Report of the Indian Hemp Drugs Commission, 1894-1895 - Volume IV
Year: 1894
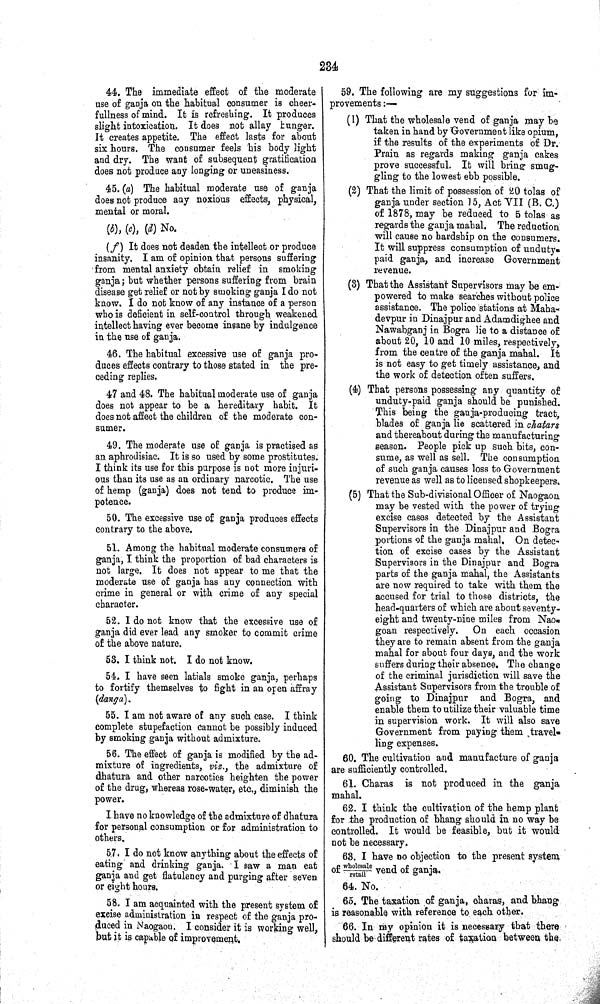
234
44. The immediate effect of the moderate
use of ganja on the habitual consumer is cheer-
fullness of mind. It is refreshing. It produces
slight intoxication. It does not allay hunger.
It creates appetite. The effect lasts for about
six hours. The consumer feels his body light
and dry. The want of subsequent gratification
does not produce any longing or uneasiness.
45. (a) The habitual moderate use of ganja
does not produce any noxious effects, physical,
mental or moral.
(b), (c), (d) No.
(f) It does not deaden the intellect or produce
insanity. I am of opinion that persons suffering
from mental anxiety obtain relief in smoking
ganja; but whether persons suffering from brain
disease get relief or not by smoking ganja I do not
know. I do not know of any instance of a person
who is deficient in self-control through weakened
intellect having ever become insane by indulgence
in the use of ganja.
46. The habitual excessive use of ganja pro-
duces effects contrary to those stated in the pre-
ceding replies.
47 and 48. The habitual moderate use of ganja
does not appear to be a hereditary habit. It
does not affect the children of the moderate con-
sumer.
49. The moderate use of ganja is practised as
an aphrodisiac. It is so used by some prostitutes.
I think its use for this purpose is not more injuri-
ous than its use as an ordinary narcotic. The use
of hemp (ganja) does not tend to produce im-
potence.
50. The excessive use of ganja produces effects
contrary to the above.
51. Among the habitual moderate consumers of
ganja, I think the proportion of bad characters is
not large. It does not appear to me that the
moderate use of ganja has any connection with
crime in general or with crime of any special
character.
52. I do not know that the excessive use of
ganja did ever lead any smoker to commit crime
of the above nature.
53. I think not. I do not know.
54. I have seen latials smoke ganja, perhaps
to fortify themselves to fight in an open affray
(danga).
55. I am not aware of any such case. I think
complete stupefaction cannot be possibly induced
by smoking ganja without admixture.
56. The effect of ganja is modified by the ad-
mixture of ingredients, viz., the admixture of
dhatura and other narcotics heighten the power
of the drug, whereas rose-water, etc., diminish the
power.
I have no knowledge of the admixture of dhatura
for personal consumption or for administration to
others.
57. I do not know anything about the effects of
eating and drinking ganja. I saw a man eat
ganja and get flatulency and purging after seven
or eight hours.
58. I am acquainted with the present system of
excise administration in respect of the ganja pro-
duced in Naogaon. I consider it is working well,
but it is capable of improvement.
59. The following are my suggestions for im-
provements:—
(1) That the wholesale vend of ganja may be
taken in hand by Government like opium,
if the results of the experiments of Dr.
Prain as regards making ganja cakes
prove successful. It will bring smug-
gling to the lowest ebb possible.
(2) That the limit of possession of 20 tolas of
ganja under section 15, Act VII (B. C.)
of 1878, may be reduced to 5 tolas as
regards the ganja mahal. The reduction
will cause no hardship on the consumers.
It will suppress consumption of unduty-
paid ganja, and increase Government
revenue.
(3) That the Assistant Supervisors may be em-
powered to make searches without police
assistance. The police stations at Maha-
devpur in Dinajpur and Adamdighee and
Nawabganj in Bogra lie to a distance of
about 20, 10 and 10 miles, respectively,
from the centre of the ganja mahal. It
is not easy to get timely assistance, and
the work of detection often suffers.
(4) That persons possessing any quantity of
unduty-paid ganja should be punished.
This being the ganja-producing tract,
blades of ganja lie scattered in chatars
and thereabout during the manufacturing
season. People pick up such bits, con-
sume, as well as sell. The consumption
of such ganja causes loss to Government
revenue as well as to licensed shopkeepers,
(5) That the Sub-divisional Officer of Naogaon
may be vested with the power of trying
excise cases detected by the Assistant
Supervisors in the Dinajpur and Bogra
portions of the ganja mahal. On detec-
tion of excise cases by the Assistant
Supervisors in the Dinajpur and Bogra
parts of the ganja mahal, the Assistants
are now required to take with them the
accused for trial to those districts, the
head-quarters of which are about seventy-
eight and twenty-nine miles from Nao-
goan respectively.
On each occasion
they are to remain absent from the ganja
mahal for about four days, and the work
suffers during their absence. The change
of the criminal jurisdiction will save the
Assistant Supervisors from the trouble of
going to Dinajpur and Bogra, and
enable them to utilize their valuable time
in supervision work. It will also save
Government from paying them travel-
ling expenses.
60. The cultivation and manufacture of ganja
are sufficiently controlled.
61. Charas is not produced in the ganja
mahal.
62. I think the cultivation of the hemp plant
for the production of bhang should in no way be
controlled. It would be feasible, but it would
not be necessary.
63. I have no objection to the present system
of wholesale/retail vend of ganja.
64. No.
65. The taxation of ganja, charas, and bhang
is reasonable with reference to each other.
66. In my opinion it is necessary that there
should be different rates of taxation between the